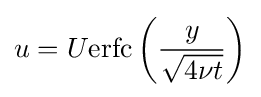
u=U\mathrm {erfc} \left({\frac {y}{\sqrt {4\nu t}}}\right)